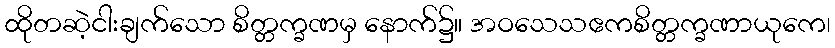
ထိုတဆဲ့ငါးချက်သော စိတ္တက္ခဏမှ နောက်၌။ အဝသေသဧကစိတ္တက္ခဏာယုကေ၊